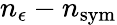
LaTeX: n_{\epsilon}-n_{\mathrm{sym}}